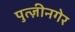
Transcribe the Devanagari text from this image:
पुत्ज़ीनगेर